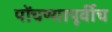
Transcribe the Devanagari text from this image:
पोंचण्यापूर्वीच